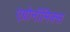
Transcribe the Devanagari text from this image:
एग्रोनॉमिक्स